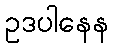
ဥဒပါနေန